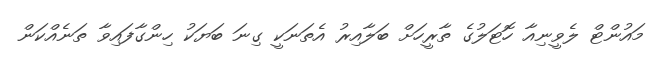
މައުންޓް ލެވީނިއާ ހޮޓަލުގެ ތާރީހަށް ބަލާއިރު އެތަނަކީ ގިނަ ބަޔަކު ހިންގާފައިވާ ތަނެއްކަން